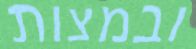
ובמצות